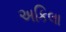
અકિલા